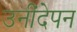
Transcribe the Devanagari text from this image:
उनींदेपन